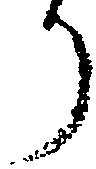
り